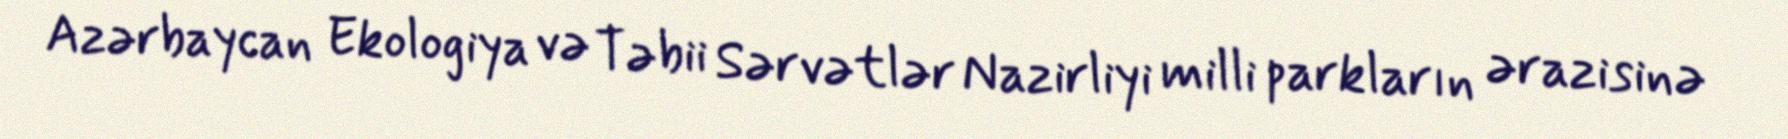
Azərbaycan Ekologiya və Təbii Sərvətlər Nazirliyi milli parkların ərazisinə